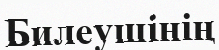
Билеушінің